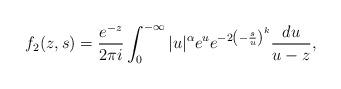
LaTeX: \begin{align*}f_2(z,s)=\frac{e^{-z}}{2\pi i}\int_0^{-\infty}|u|^\alpha e^u e^{-2\left(-\frac{s}{u}\right)^k}\frac{du}{u-z},\end{align*}